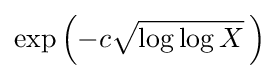
\exp \left({-c{\sqrt {\log \log X}}}\,\right)